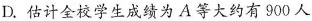
D.估计全校学生成绩为A等大约有900人